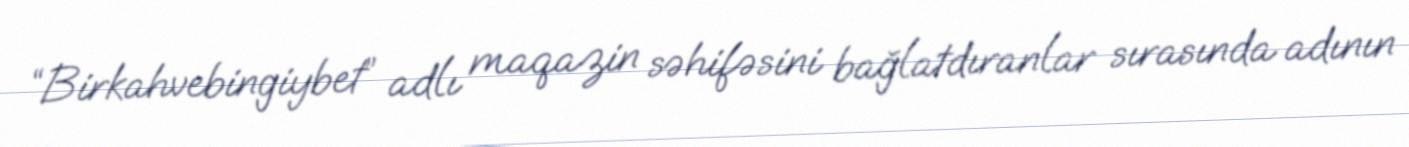
“Birkahvebingiybet” adlı maqazin səhifəsini bağlatdıranlar sırasında adının